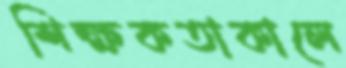
শিক্ষকতাকালে